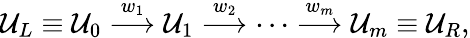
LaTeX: \mathcal{U}_{L}\equiv\mathcal{U}_{0}\overset{w_{1}}{\longrightarrow}\mathcal{U}_{1}\overset{w_{2}}{\longrightarrow}\cdots\overset{w_{m}}{\longrightarrow}\mathcal{U}_{m}\equiv\mathcal{U}_{R},